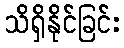
သိရှိနိုင်ခြင်း